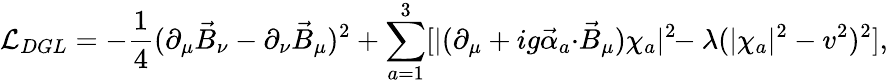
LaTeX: {\cal L}_{DGL}=-\frac{1}{4}(\partial_{\mu}\vec{B}_{\nu}-\partial_{\nu}\vec{B}_{\mu})^{2}+\sum_{a=1}^{3}[|(\partial_{\mu}+ig\vec{\alpha}_{a}{\cdot}\vec{B}_{\mu})\chi_{a}|^{2}\! \! -\lambda(|\chi_{a}|^{2}-v^{2})^{2}],